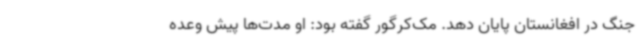
جنگ در افغانستان پایان دهد. مک‌کرگور گفته بود: او مدت‌ها پیش وعده